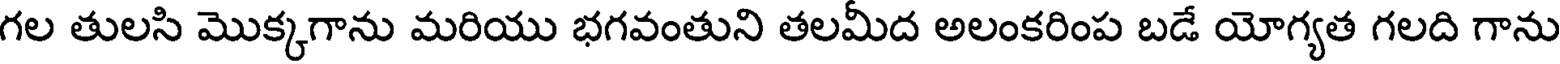
గల తులసి మొక్కగాను మరియు భగవంతుని తలమీద అలంకరింప బడే యోగ్యత గలది గాను